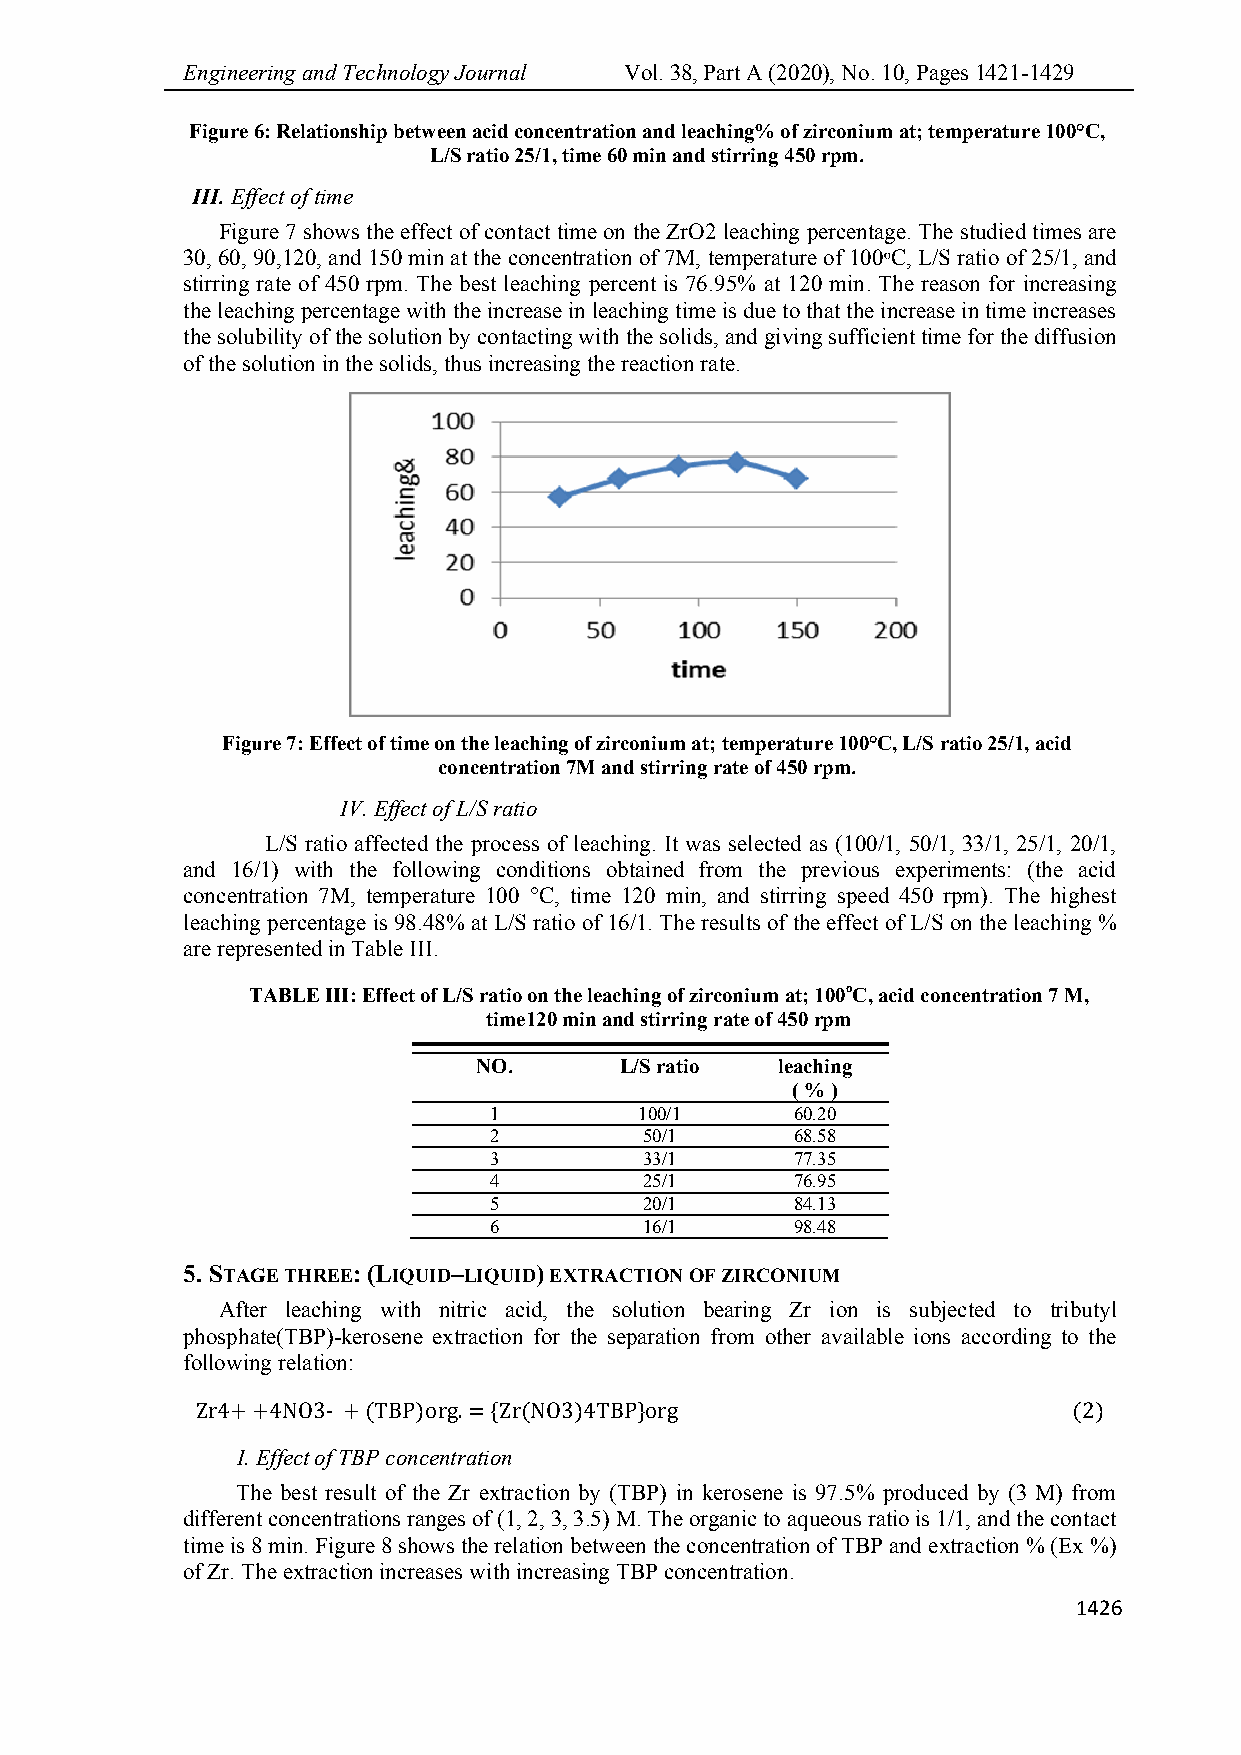
Engineering and Technology Journal Vol. 38, Part A (2020), No. 10, Pages 1421-1429
 Figure 6: Relationship between acid concentration and leaching% of zirconium at; temperature 100°C,
 L/S ratio 25/1, time 60 min and stirring 450 rpm.
 III. Effect of time
 Figure 7 shows the effect of contact time on the ZrO2 leaching percentage. The studied times are
 30, 60, 90,120, and 150 min at the concentration of 7M, temperature of 100ᵒC, L/S ratio of 25/1, and
 stirring rate of 450 rpm. The best leaching percent is 76.95% at 120 min. The reason for increasing
 the leaching percentage with the increase in leaching time is due to that the increase in time increases
 the solubility of the solution by contacting with the solids, and giving sufficient time for the diffusion
 of the solution in the solids, thus increasing the reaction rate.
 Figure 7: Effect of time on the leaching of zirconium at; temperature 100°C, L/S ratio 25/1, acid
 concentration 7M and stirring rate of 450 rpm.
 IV. Effect of L/S ratio
 L/S ratio affected the process of leaching. It was selected as (100/1, 50/1, 33/1, 25/1, 20/1,
 and 16/1) with the following conditions obtained from the previous experiments: (the acid
 concentration 7M, temperature 100 °C, time 120 min, and stirring speed 450 rpm). The highest
 leaching percentage is 98.48% at L/S ratio of 16/1. The results of the effect of L/S on the leaching %
 are represented in Table III.
 TABLE III: Effect of L/S ratio on the leaching of zirconium at; 100oC, acid concentration 7 M,
 time120 min and stirring rate of 450 rpm
 NO.      L/S ratio leaching
 ( % )
 1         100/1      60.20
 2          50/1      68.58
 3          33/1      77.35
 4          25/1      76.95
 5          20/1      84.13
 6          16/1      98.48
 5. STAGE THREE: (LIQUID–LIQUID) EXTRACTION OF ZIRCONIUM
 After leaching with nitric acid, the solution bearing Zr ion is subjected to tributyl
 phosphate(TBP)-kerosene extraction for the separation from other available ions according to the
 following relation:
 Zr4+ +4NO3- + (TBP)org. = {Zr(NO3)4TBP}org                (2)
 I. Effect of TBP concentration
 The best result of the Zr extraction by (TBP) in kerosene is 97.5% produced by (3 M) from
 different concentrations ranges of (1, 2, 3, 3.5) M. The organic to aqueous ratio is 1/1, and the contact
 time is 8 min. Figure 8 shows the relation between the concentration of TBP and extraction % (Ex %)
 of Zr. The extraction increases with increasing TBP concentration.
 1426